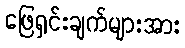
ဖြေရှင်းချက်များအား